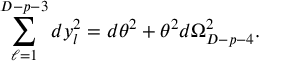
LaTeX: \sum _ { \ell = 1 } ^ { D - p - 3 } d y _ { l } ^ { 2 } = d \theta ^ { 2 } + \theta ^ { 2 } d \Omega _ { D - p - 4 } ^ { 2 } .